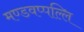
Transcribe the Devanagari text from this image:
मण्डवप्पल्लि